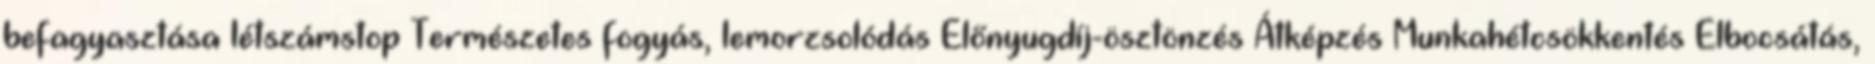
befagyasztása létszámstop Természetes fogyás, lemorzsolódás Előnyugdíj-ösztönzés Átképzés Munkahétcsökkentés Elbocsátás,